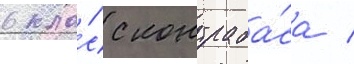
в кла́сс контраба́са /